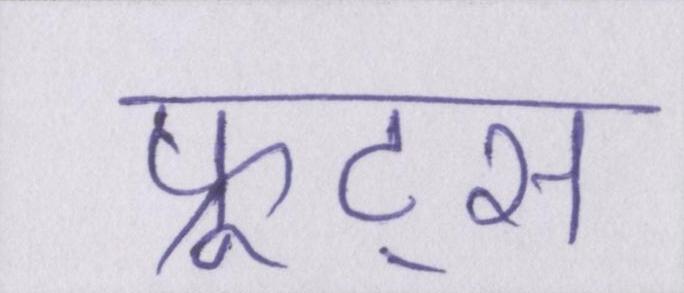
फ्रूट्स